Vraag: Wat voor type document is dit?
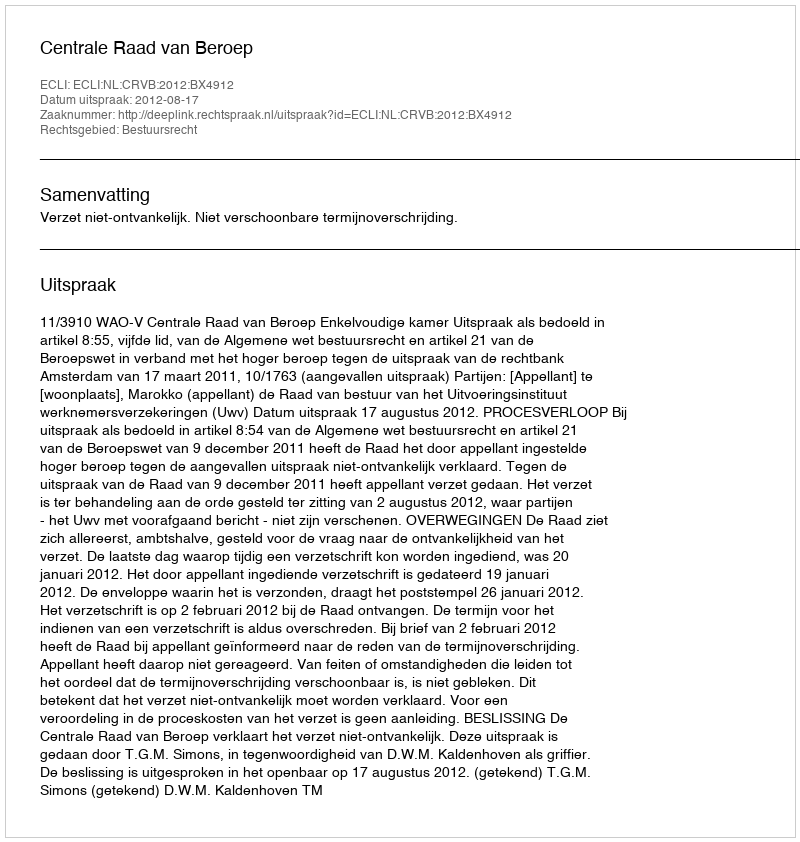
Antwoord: Uitspraak